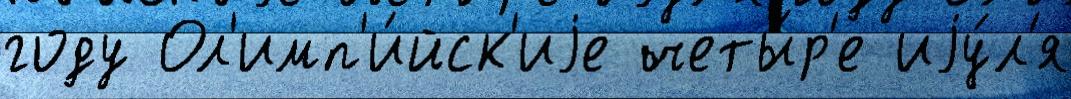
году Ол'имп'и́йск'иjе четы́р'е иjу́л'я